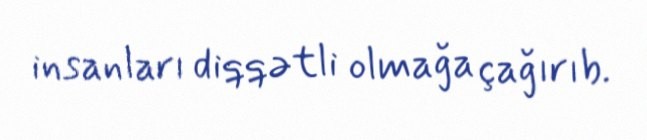
insanları diqqətli olmağa çağırıb.